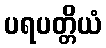
ပရပတ္တိယံ